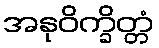
အနုဝိက္ခိတ္တံ